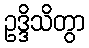
ဥဒ္ဒိသိတွာ